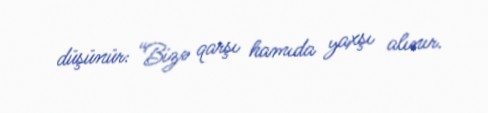
düşünür: “Bizə qarşı hamıda yaxşı alınır.